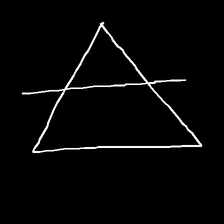
Glyph: empower